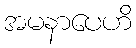
အမနာပေဟိ